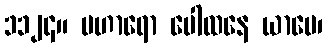
၁၁၂၄။ ပဟာရော ပေါထနေ ယာမေ၊